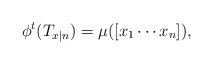
\begin{align*}\phi^t(T_{x|n})= \mu ([x_1 \cdots x_n]),\end{align*}